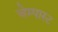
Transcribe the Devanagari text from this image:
चेम्पास्ट